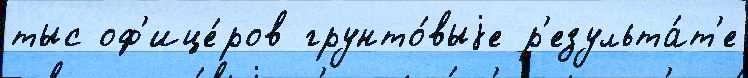
тыс оф'ице́ров грунто́выjе р'езульта́т'е